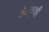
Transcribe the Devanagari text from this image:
वेबकूफी